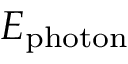
E _ { \mathrm { p h o t o n } }